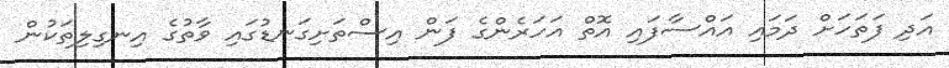
އަދި ފަތަހަށް ދަމައި އައްސާފައި އޮތް އަހަރެންގެ ފަން އިސްތަށިގަނޑުގައި ވާތުގެ އިނގިލިތަކުން